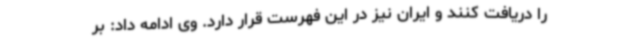
را دریافت کنند و ایران نیز در این فهرست قرار دارد. وی ادامه داد: بر